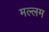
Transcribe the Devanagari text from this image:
मल्लम